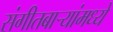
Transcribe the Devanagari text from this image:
संगीतबार्‍यांमध्ये